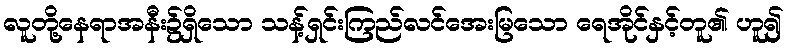
လူတို့နေရာအနီး၌ရှိသော သန့်ရှင်းကြည်လင်အေးမြသော ရေအိုင်နှင့်တူ၏ ဟူ၍